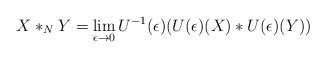
\begin{align*}X *_N Y = \lim_{\epsilon \to 0}U^{-1}(\epsilon) (U(\epsilon)(X) * U(\epsilon)(Y))\end{align*}